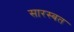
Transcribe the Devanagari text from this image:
सारस्बत